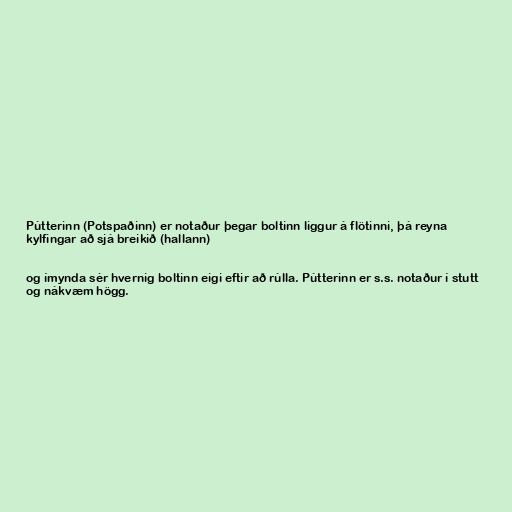
Pútterinn (Potspaðinn) er notaður þegar boltinn liggur á flötinni, þá reyna
kylfingar að sjá breikið (hallann)

og ímynda sér hvernig boltinn eigi eftir að rúlla. Pútterinn er s.s. notaður í stutt
og nákvæm högg.